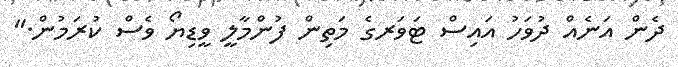
ދެން އަނެއް ދުވަހު އައިސް ޓަވަރގެ މަތިން ފުންމާލީ ވީޑިޔޯ ވެސް ކުރަމުން."